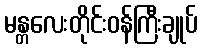
မန္တလေးတိုင်းဝန်ကြီးချုပ်